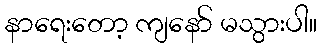
နာရေးတော့ ကျနော် မသွားပါ။